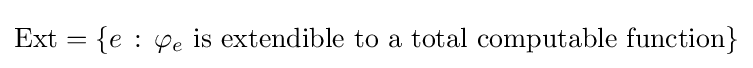
\mathrm {Ext} =\{e\,:\,\varphi _{e}{\text{ is extendible to a total computable function}}\}